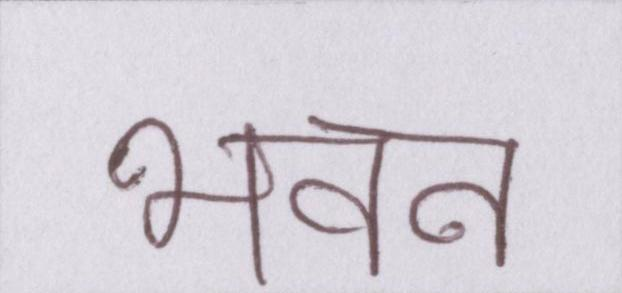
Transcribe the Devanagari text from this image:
भवन